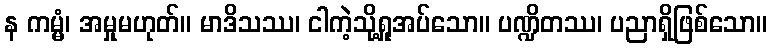
န ကမ္မံ၊ အမှုမဟုတ်။ မာဒိသဿ၊ ငါကဲ့သို့ရှုအပ်သော။ ပဏ္ဍိတဿ၊ ပညာရှိဖြစ်သော။